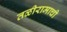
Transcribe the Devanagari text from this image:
तळीरामाची